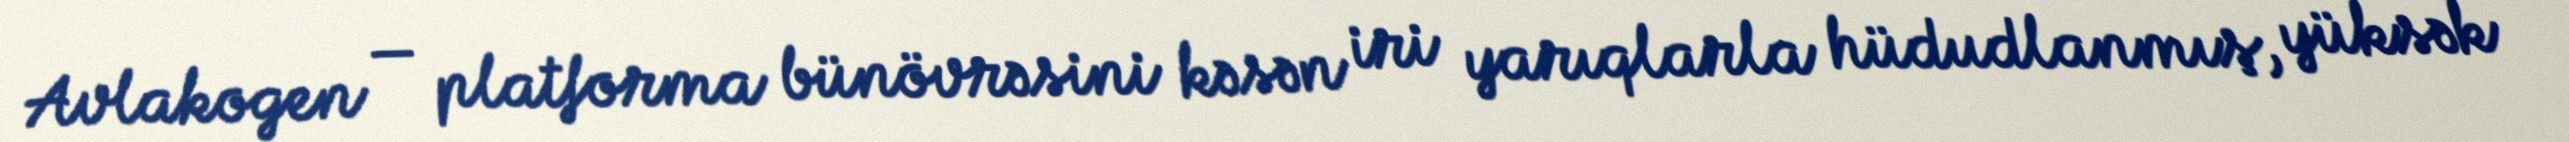
Avlakogen — platforma bünövrəsini kəsən iri yarıqlarla hüdudlanmış, yüksək